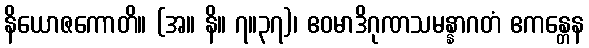
နိယောဇကောတိ။ (အ။ နိ။ ၇။၃၇)၊ ဧဝမာဒိဂုဏသမန္နာဂတံ ဧကန္တေန